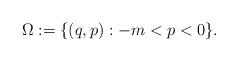
LaTeX: \begin{align*} \Omega := \{(q,p) : -m < p < 0 \}.\end{align*}